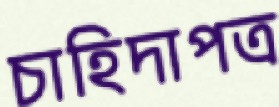
চাহিদাপত্র